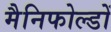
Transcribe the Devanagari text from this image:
मैनिफोल्डों